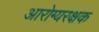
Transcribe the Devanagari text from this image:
आरोग्यरक्षक